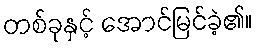
တစ်ခုနှင့် အောင်မြင်ခဲ့၏။